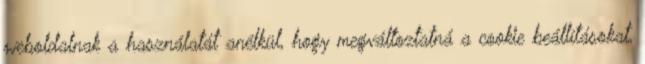
weboldalnak a használatát anélkül, hogy megváltoztatná a cookie beállításokat,